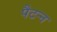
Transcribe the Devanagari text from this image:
पैटऱ्न